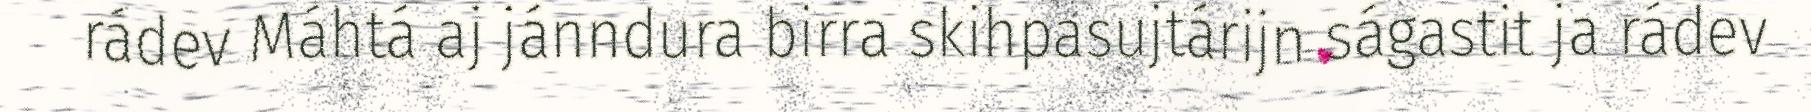
rádev Máhtá aj jánndura birra skihpasujtárijn ságastit ja rádev